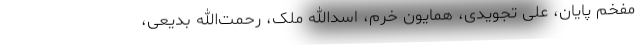
مفخم پایان، علی تجویدی، همایون خرم، اسدالله ملک، رحمت‌الله بدیعی،